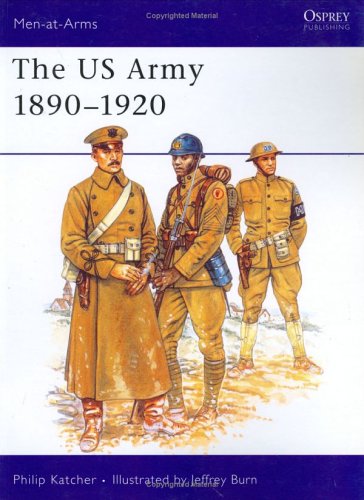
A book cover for The US Army 1890-1920 (Men-at-Arms); Philip Katcher; History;